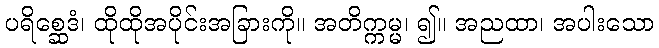
ပရိစ္ဆေဒံ၊ ထိုထိုအပိုင်းအခြားကို။ အတိက္ကမ္မ၊ ၍။ အညထာ၊ အပါးသော